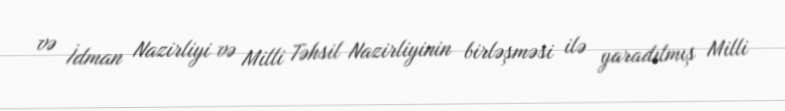
və İdman Nazirliyi və Milli Təhsil Nazirliyinin birləşməsi ilə yaradılmış Milli